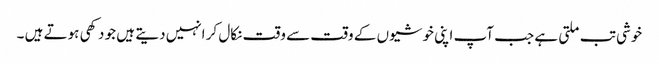
خوشی تب ملتی ہے جب آپ اپنی خوشیوں کے وقت سے وقت نکال کر انہیں دیتے ہیں جو دکھی ہوتے ہیں ۔